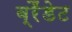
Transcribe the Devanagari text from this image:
ब्रैंडेट